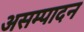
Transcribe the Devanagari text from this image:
असम्पादन